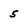
Character: 5